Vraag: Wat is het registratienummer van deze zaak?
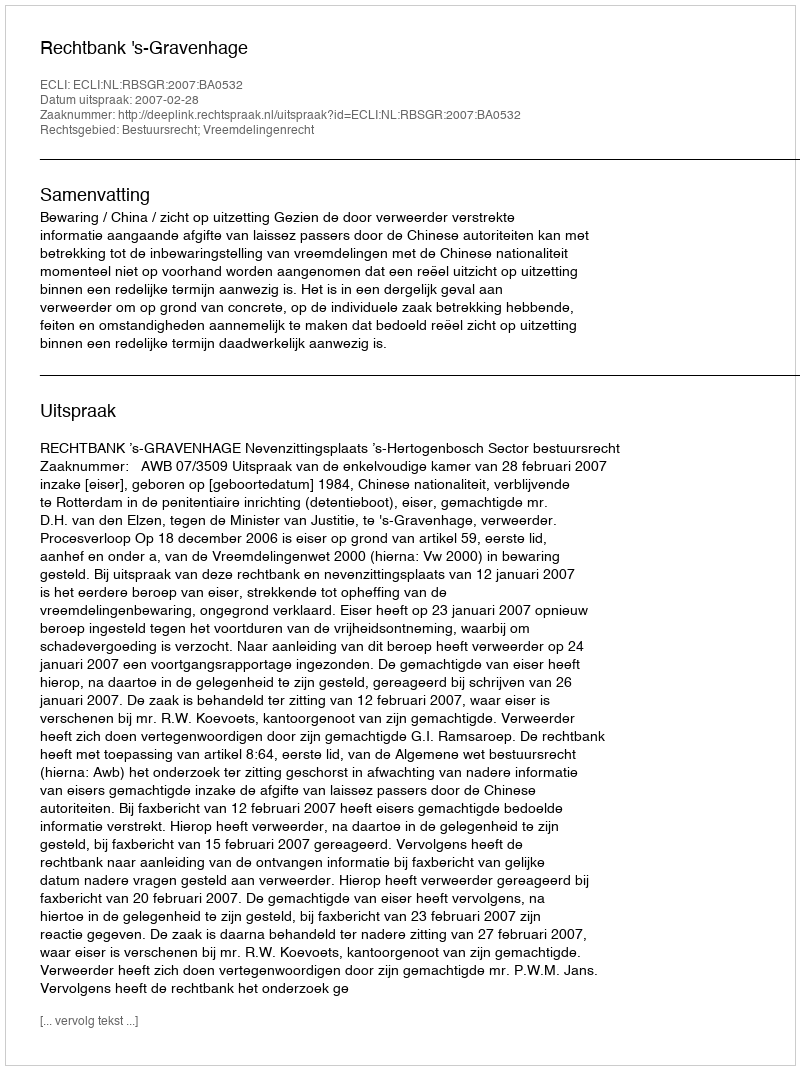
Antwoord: http://deeplink.rechtspraak.nl/uitspraak?id=ECLI:NL:RBSGR:2007:BA0532